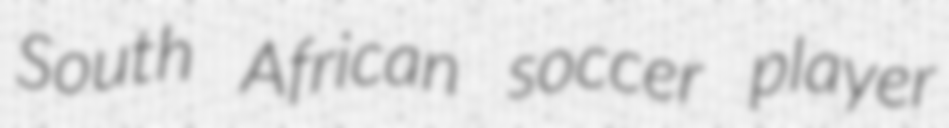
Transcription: South African soccer player